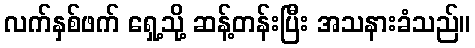
လက်နှစ်ဖက် ရှေ့သို့ ဆန့်တန်းပြီး အသနားခံသည်။